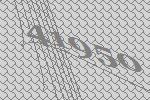
41950